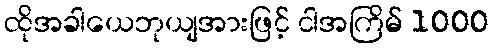
ထိုအခါယေဘုယျအားဖြင့် ငါအကြိမ် 1000